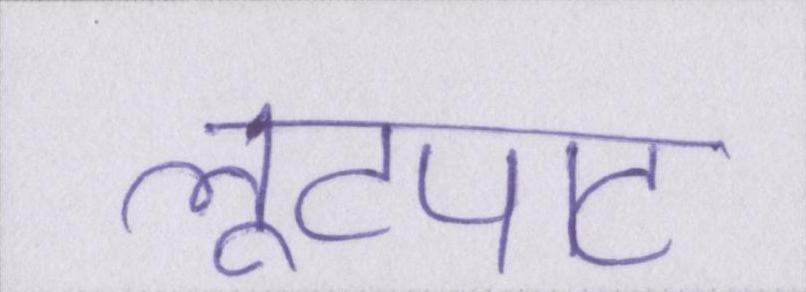
लूटपाट